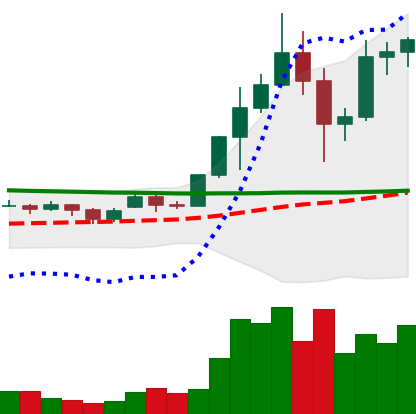
Ticker: ADA-USD
Chart end date: 2020-11-30
Forward return: -6.795%
Label: down_5_7